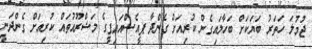
ޖުމުލަ ހަތަރު ބަޔަކަށް ބަހާލައިގެން ކުރިއަށް ގެންދާ ޕީއެސްއައިޕީގެ މަޝްރޫއުތައް ކުރިއަށް ގެންދަނީ